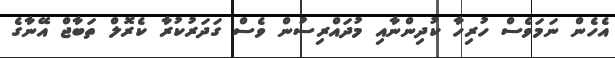
އެހެން ނަމަވެސް ހުރިހާ ކުދިންނާއި މުދައްރިސުން ވެސް ގަދަރުކުރާ ކެރޮލް ތަބާޖް އޭނާގެ